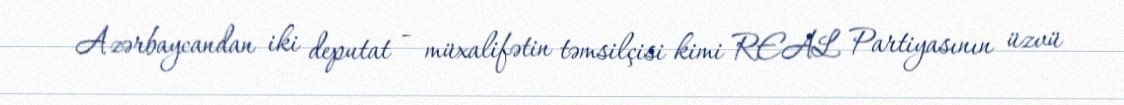
Azərbaycandan iki deputat - müxalifətin təmsilçisi kimi REAL Partiyasının üzvü